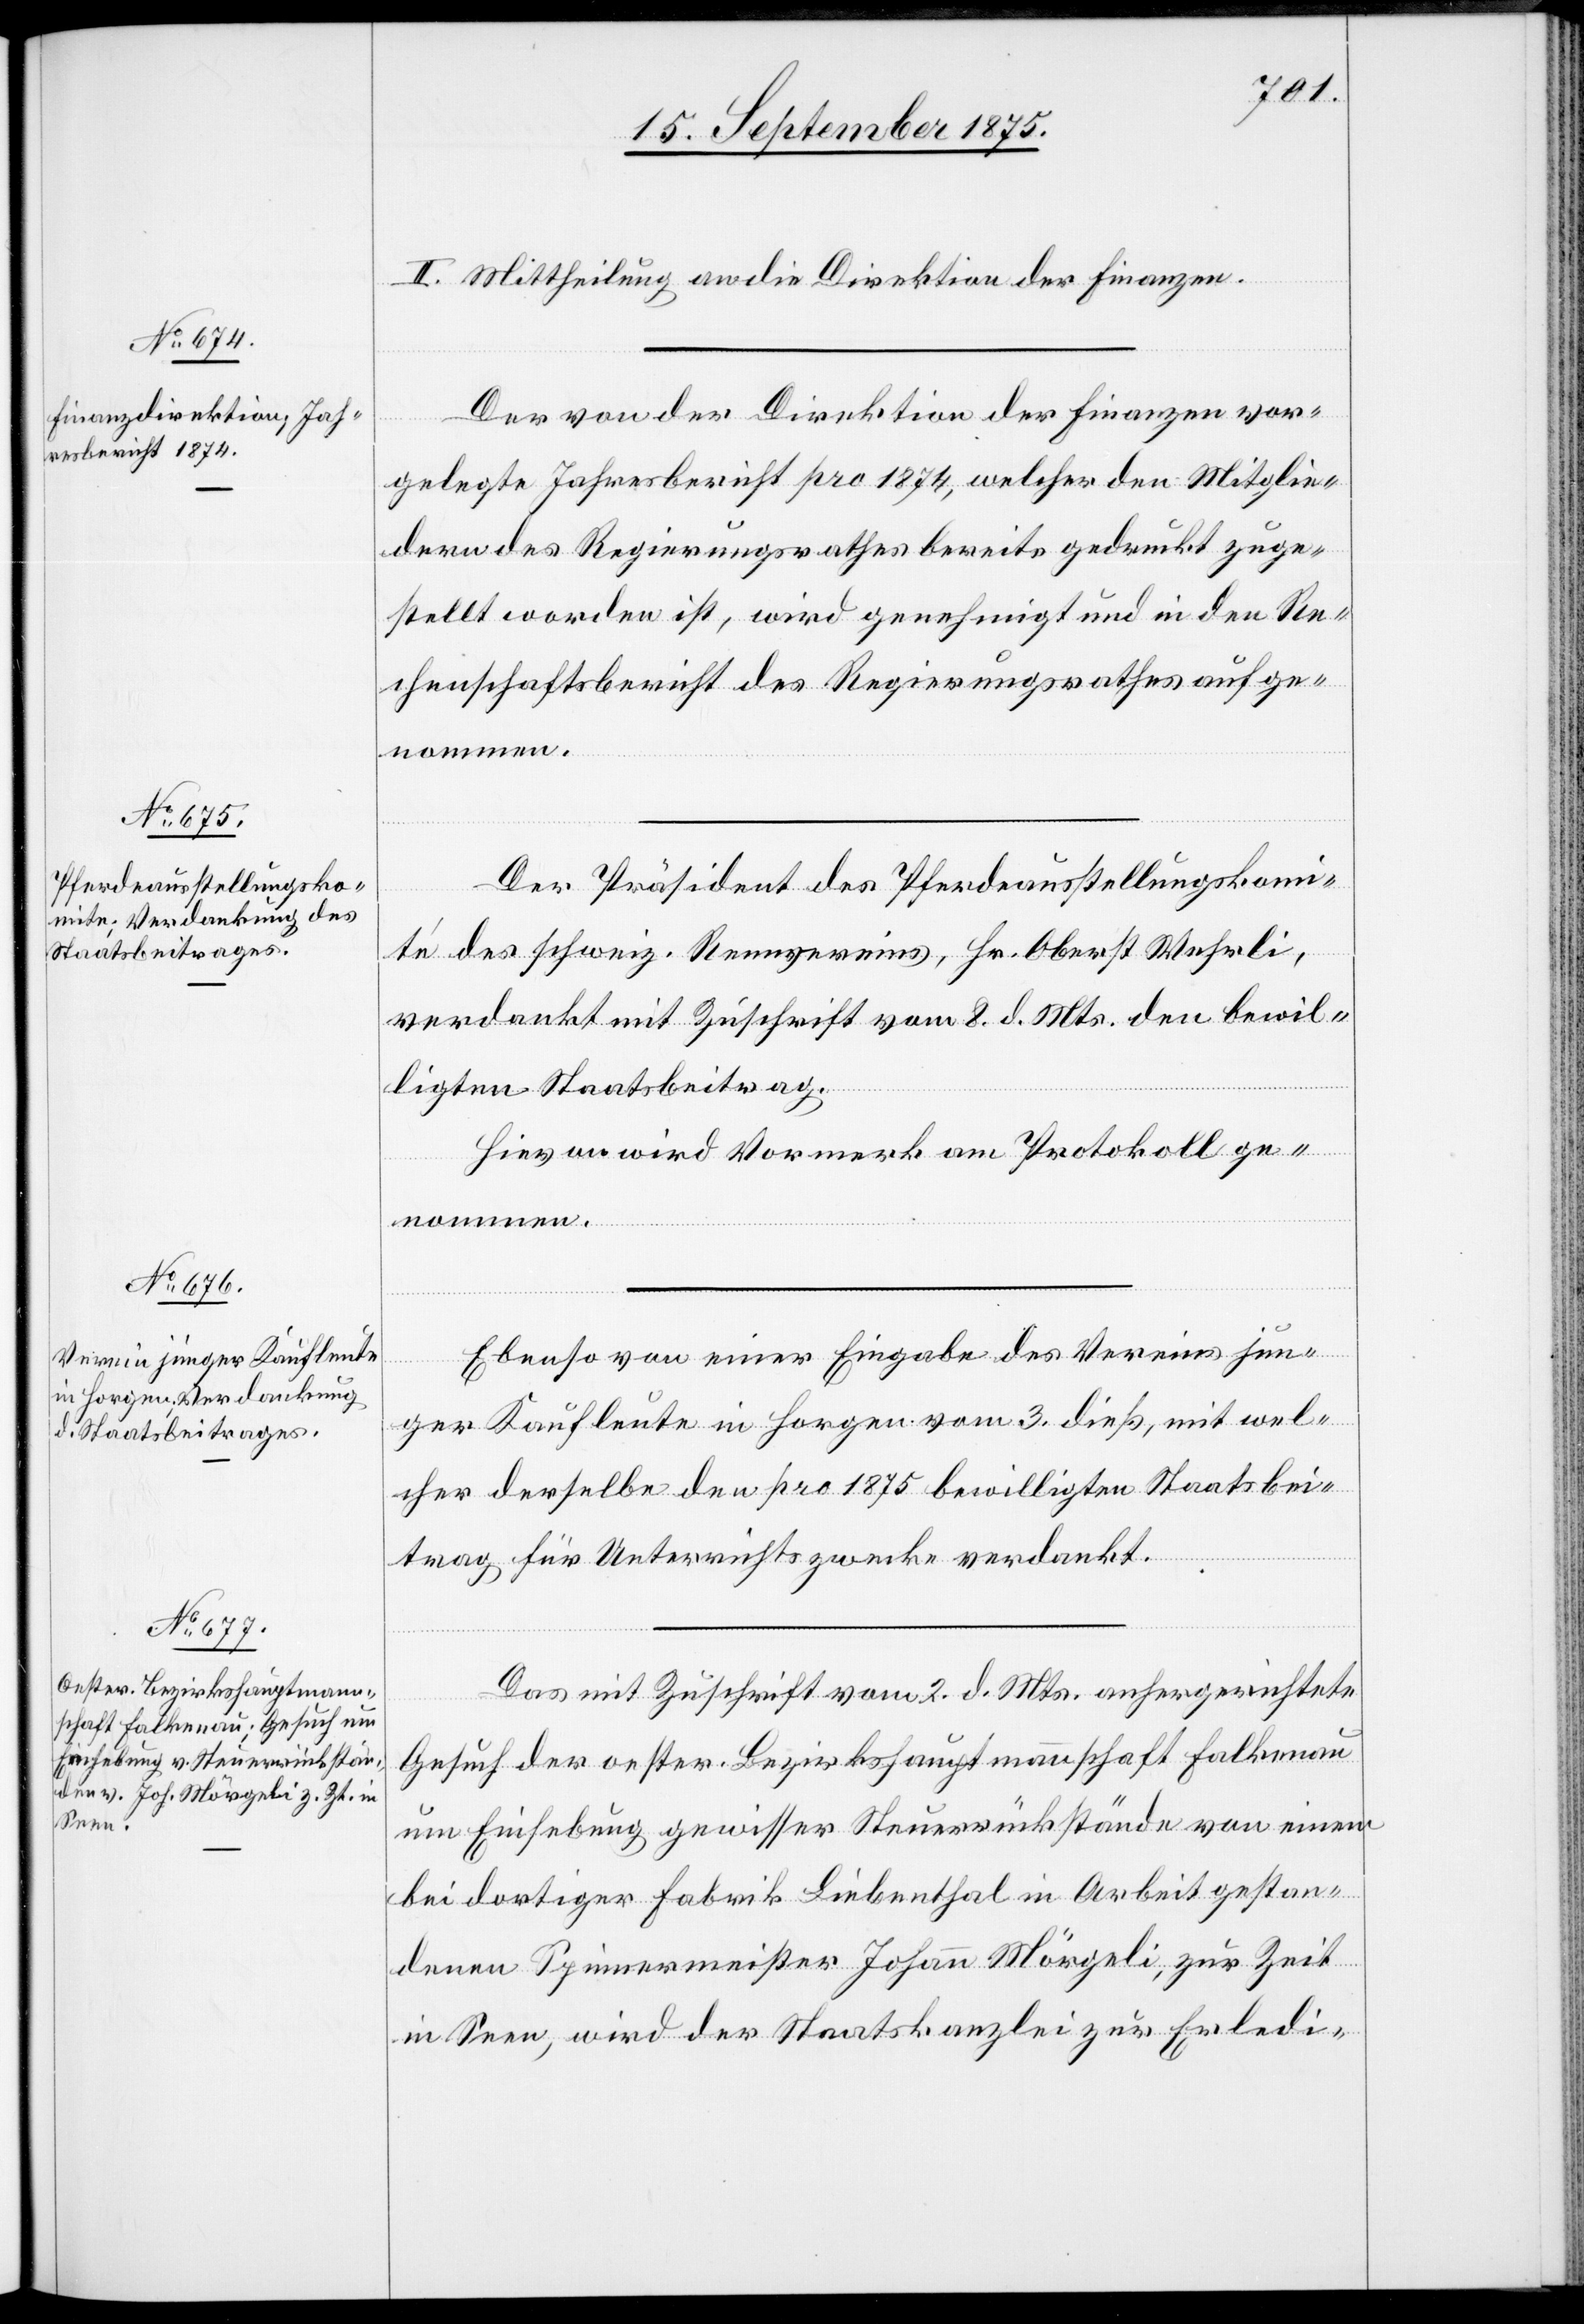
II. Mittheilung an die Direktion der Finanzen.
Der von der Direktion der Finanzen vor¬
gelegte Jahresbericht pro 1874, welcher den Mitglie¬
dern des Regierungsrathes bereits gedruckt zuge¬
stellt worden ist, wird genehmigt und in den Re¬
chenschaftsbericht des Regierungsrathes aufge¬
nommen.
Der Präsident des Pferdeausstellungskomi¬
té des schweiz. Rennvereins, Hr. Oberst Wehrli,
verdankt mit Zuschrift vom 8. d. Mts. den bewil¬
ligten Staatsbeitrag.
Hievon wird Vormerk am Protokoll ge¬
Ebenso von einer Eingabe des Vereins jun¬
ger Kaufleute in Horgen vom 3. dieß, mit wel¬
cher derselbe den pro 1875 bewilligten Staatsbei¬
trag für Unterrichtszwecke verdankt.
Das mit Zuschrift vom 2. d. Mts. anhergerichtete
Gesuch der oester. Bezirkshauptmannschaft Falkenau
um Einhebung gewisser Steuerrückstände von einem
bei dortiger Fabrik Liebenthal in Arbeit gestan¬
denen Spinnermeister Johann Mörgeli, zur Zeit
in Seen, wird der Staatskanzlei zur Erledi-